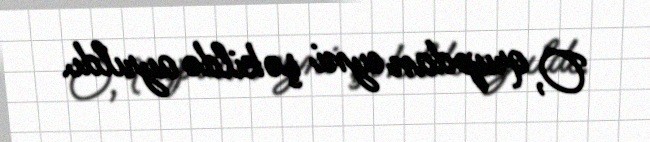
O, qrupdan eyni şəkildə ayrıldı.